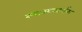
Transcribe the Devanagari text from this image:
स्‍वास्‍थ्‍यवर्धक